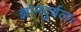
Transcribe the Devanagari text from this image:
ज्ञानदुर्बलः